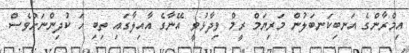
އިމްރާންގެ އަނބިކަނބަލުން މަރިޔަމް ރީމް ވިދާޅުވީ އޭނާގެ އާއިލާގައި ތިބި ހަ ކުދިންނަށްވެސް